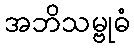
အဘိသမ္ဗုဓံ